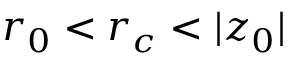
r _ { 0 } < r _ { c } < | z _ { 0 } |